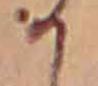
か